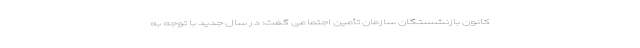
کانون بازنشستگان سازمان تأمین اجتماعی گفت: در سال جدید با توجه به